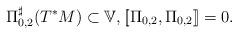
LaTeX: \begin{gather*}\Pi_{0,2}^{\sharp}(T^{\ast}M)\subset\mathbb{V},[\![\Pi_{0,2},\Pi_{0,2}]\!]=0.\end{gather*}